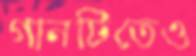
গানটিতেও